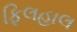
ફિલહાલ